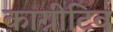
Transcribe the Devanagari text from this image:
काग्नीटिव